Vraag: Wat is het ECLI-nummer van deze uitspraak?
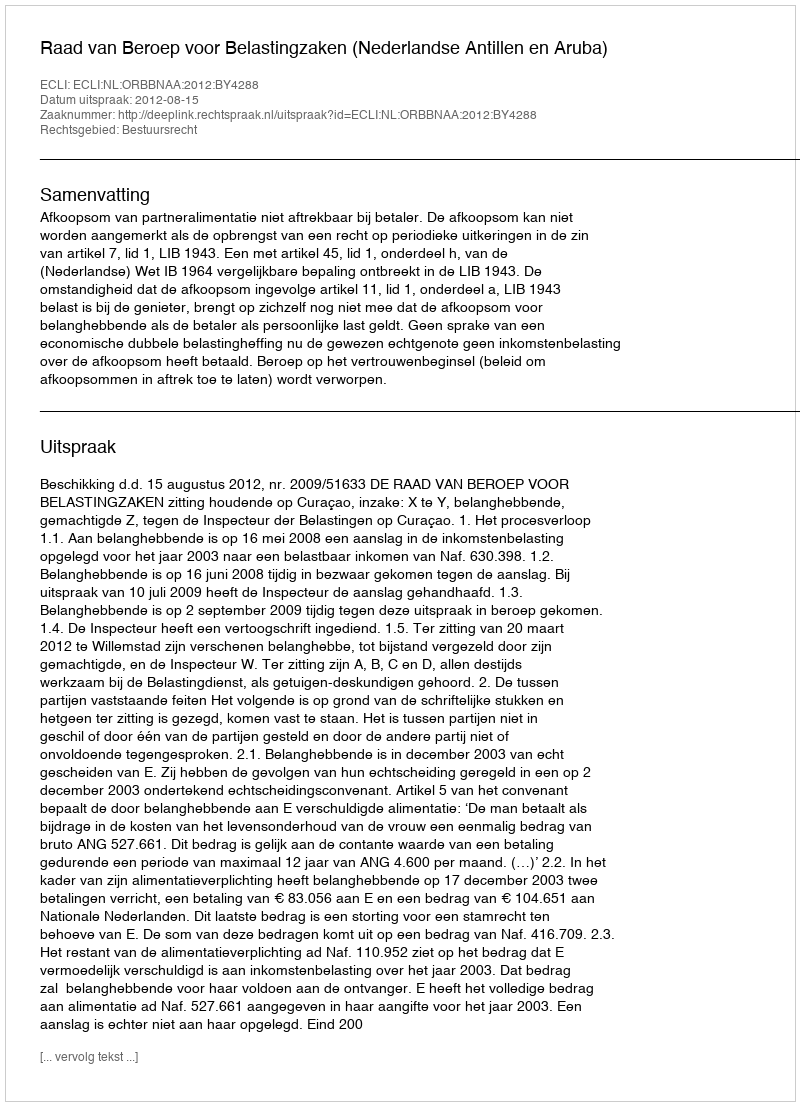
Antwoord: ECLI:NL:ORBBNAA:2012:BY4288